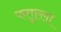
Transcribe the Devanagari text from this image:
फतुल्ला